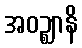
အဝဉ္ဈာနိ